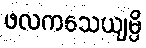
ဖလကသေယျမ္ပိ